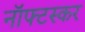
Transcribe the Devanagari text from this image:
नॉफ्टस्कर